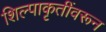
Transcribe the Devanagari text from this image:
शिल्पाकृतींवरून